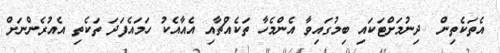
އެތަކެތިން  ދިނުމަށްޓަކައި ބިމުގައިވާ އެންމެހާ ތަކެއްޗާއި އެއާއެކު ހަމައެފަދަ ތަކެތި އެއުރެންނަށް